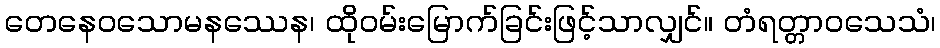
တေနေဝသောမနဿေန၊ ထိုဝမ်းမြောက်ခြင်းဖြင့်သာလျှင်။ တံရတ္တာဝသေသံ၊